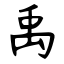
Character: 禹